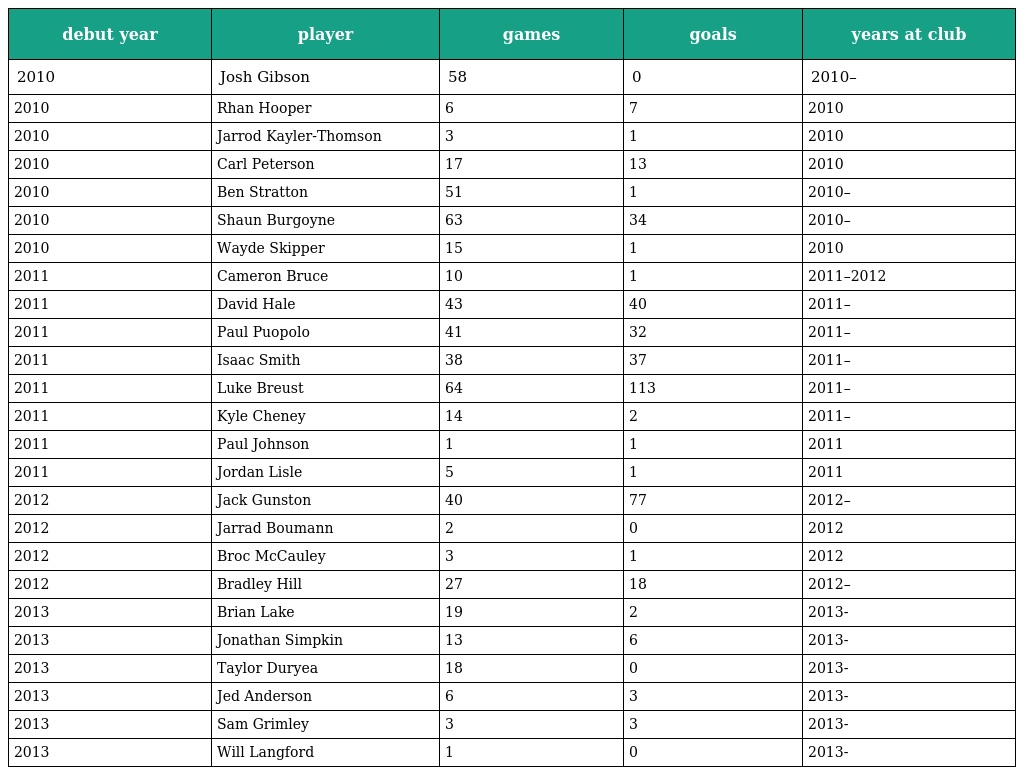
| debut year | player | games | goals | years at club |
 | --- | --- | --- | --- | --- |
 | 2010 | Josh Gibson | 58 | 0 | 2010– |
 | 2010 | Rhan Hooper | 6 | 7 | 2010 |
 | 2010 | Jarrod Kayler-Thomson | 3 | 1 | 2010 |
 | 2010 | Carl Peterson | 17 | 13 | 2010 |
 | 2010 | Ben Stratton | 51 | 1 | 2010– |
 | 2010 | Shaun Burgoyne | 63 | 34 | 2010– |
 | 2010 | Wayde Skipper | 15 | 1 | 2010 |
 | 2011 | Cameron Bruce | 10 | 1 | 2011–2012 |
 | 2011 | David Hale | 43 | 40 | 2011– |
 | 2011 | Paul Puopolo | 41 | 32 | 2011– |
 | 2011 | Isaac Smith | 38 | 37 | 2011– |
 | 2011 | Luke Breust | 64 | 113 | 2011– |
 | 2011 | Kyle Cheney | 14 | 2 | 2011– |
 | 2011 | Paul Johnson | 1 | 1 | 2011 |
 | 2011 | Jordan Lisle | 5 | 1 | 2011 |
 | 2012 | Jack Gunston | 40 | 77 | 2012– |
 | 2012 | Jarrad Boumann | 2 | 0 | 2012 |
 | 2012 | Broc McCauley | 3 | 1 | 2012 |
 | 2012 | Bradley Hill | 27 | 18 | 2012– |
 | 2013 | Brian Lake | 19 | 2 | 2013- |
 | 2013 | Jonathan Simpkin | 13 | 6 | 2013- |
 | 2013 | Taylor Duryea | 18 | 0 | 2013- |
 | 2013 | Jed Anderson | 6 | 3 | 2013- |
 | 2013 | Sam Grimley | 3 | 3 | 2013- |
 | 2013 | Will Langford | 1 | 0 | 2013- |